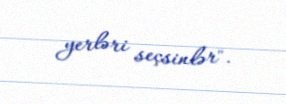
yerləri seçsinlər".